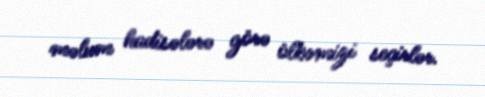
məlum hadisələrə görə ölkəmizi seçirlər.